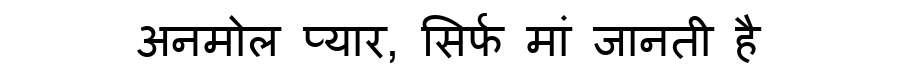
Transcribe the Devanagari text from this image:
अनमोल प्यार, सिर्फ मां जानती है